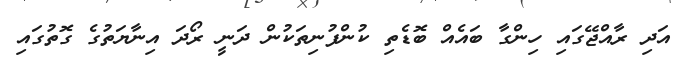
އަދި ރާއްޖޭގައި ހިންގާ ބައެއް ބޮޑެތި ކުންފުނިތަކުން ދަނީ ރޯދަ އިނާޔަތުގެ ގޮތުގައި